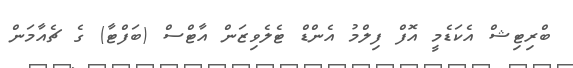
ބްރިޓިޝް އެކަޑެމީ އޮފް ފިލްމު އެންޑް ޓެލެވިޒަން އާޓްސް (ބަފްޓާ) ގެ ޗެއާމަން